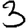
Digit: 3